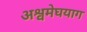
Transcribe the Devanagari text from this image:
अश्वमेघयाग